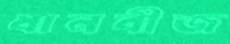
ধানবীজ